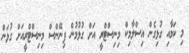
މި ކަމާއި ގުޅިގެން އިސްލާމިކް މިނިސްޓްރީ އަށް ގުޅުމުން ފިނޭންސް މިނިސްޓްރީއަށް ގުޅަން